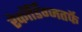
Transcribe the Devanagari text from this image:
रेकॉर्डिंग्जतर्फे